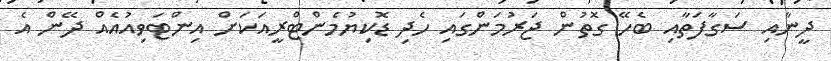
ދީނާއި ސަގާފަތާއި ބެހޭ ގޮތުން ޖަރުމަންގައި ހެދި ޑޮކިޔުމެންޓްރީއަކަށް އިންޓަވިއުއެއް ދޭން އެ